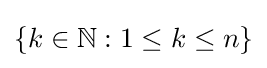
\{k\in \mathbb {N} :1\leq k\leq n\}